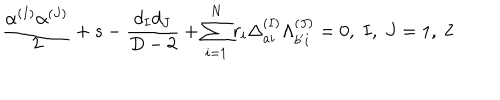
{ \frac { \alpha ^ { ( I ) } \alpha ^ { ( J ) } } { 2 } } + s - { \frac { d _ { I } d _ { J } } { D - 2 } } + \sum _ { i = 1 } ^ { N } r _ { i } \Delta _ { a i } ^ { ( I ) } \Lambda _ { b ^ { \prime } i } ^ { ( J ) } = 0 , \; I , \; J = 1 , \; 2